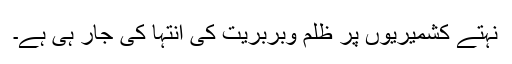
نہتے کشمیریوں پر ظلم وبربریت کی انتہا کی جار ہی ہے۔